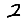
Digit: 2